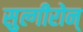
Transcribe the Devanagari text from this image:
सुल्गीरोन्